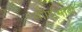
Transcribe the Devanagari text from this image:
पौर्णिमाही